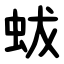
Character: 蛂